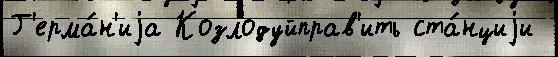
Г'ерма́н'иjа Козлодуйправ'ить ста́нциjи